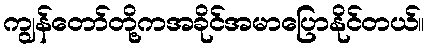
ကျွန်တော်တို့ကအခိုင်အမာပြောနိုင်တယ်။